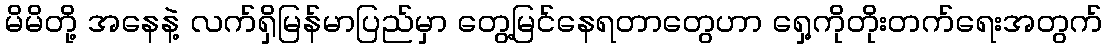
မိမိတို့ အနေနဲ့ လက်ရှိမြန်မာပြည်မှာ တွေ့မြင်နေရတာတွေဟာ ရှေ့ကိုတိုးတက်ရေးအတွက်